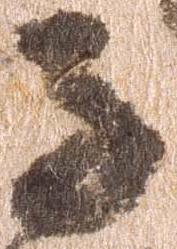
子